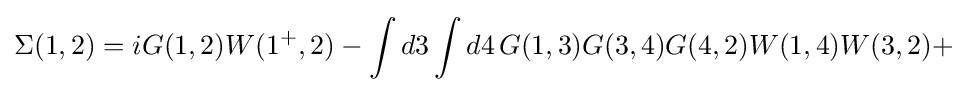
\Sigma (1,2)=iG(1,2)W(1^{+},2)-\int d3\int d4\,G(1,3)G(3,4)G(4,2)W(1,4)W(3,2)+